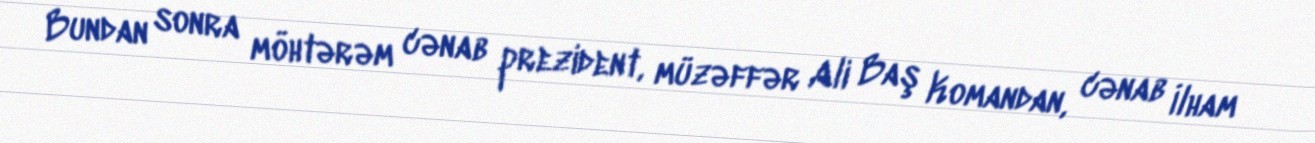
Bundan sonra möhtərəm cənab prezident, müzəffər Ali Baş Komandan, cənab İlham